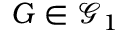
G \in \mathcal { G } _ { 1 }